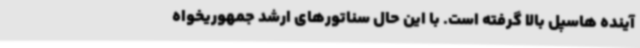
آینده هاسپل بالا گرفته است. با این حال سناتورهای ارشد جمهوریخواه